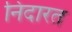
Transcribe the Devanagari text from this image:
निदारत